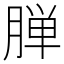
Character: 𬂅